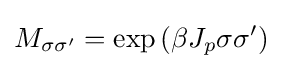
M_{\sigma \sigma '}=\exp \left(\beta J_{p}\sigma \sigma '\right)